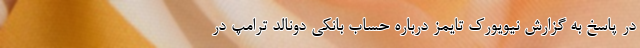
در پاسخ به گزارش‌ نیویورک تایمز درباره حساب بانکی دونالد ترامپ در